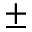
\pm